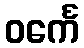
ဝင်္ကေ